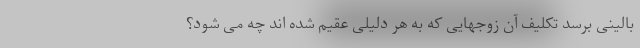
بالینی برسد تکلیف آن زوجهایی که به هر دلیلی عقیم شده اند چه می شود؟